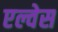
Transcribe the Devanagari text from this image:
एल्वेस